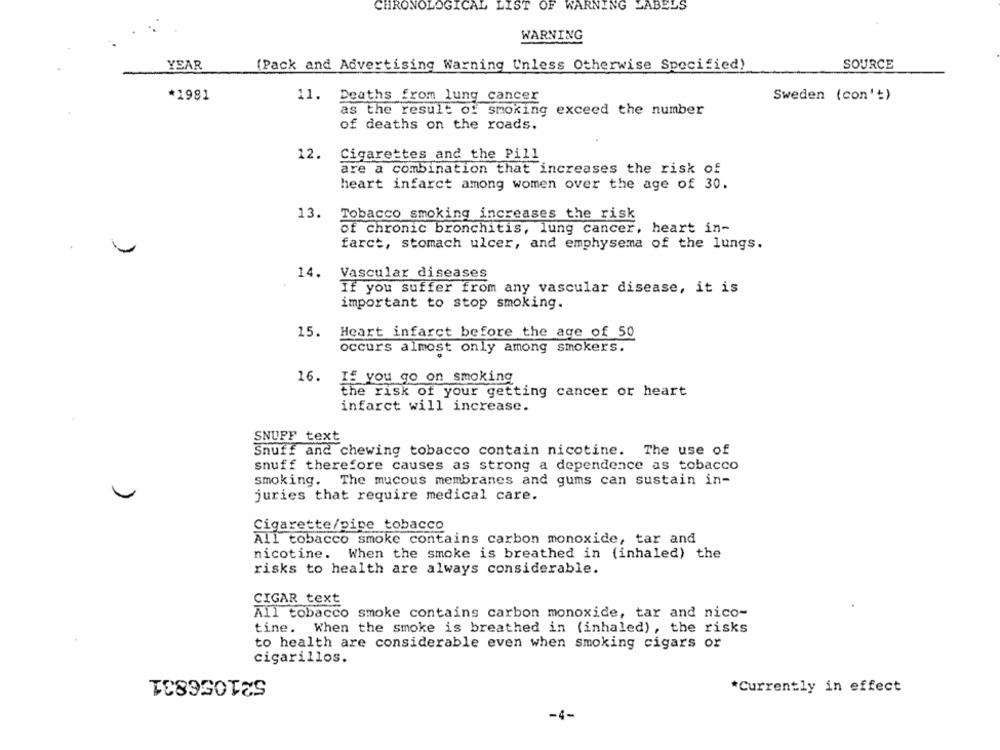
CHRONOLOGIC
OF
WARNING LABELS
WARNING
YEAR
(Pack and Advertising Warning Unless Otherwise Specified)
SOURCE
*1981
11.
Deaths from lung cancer
Sweden (con't)
as the result of smoking exceed the number
of deaths on the roads.
12.
Cigarettes and the Pill
are a combination that increases the risk of
heart infarct among women over the age of 30.
13.
Tobacco smoking increases the risk
of chronic bronchitis, lung cancer, heart in-
farct, stomach ulcer, and emphysema of the lungs.
14.
Vascular diseases
If you suffer from any vascular disease, it is
important to stop smoking.
15.
Heart infarct before the age of 50
occurs almost only among smokers.
16.
If you go on smoking
the risk of your getting cancer or heart
infarct will increase.
SNUFF text
Snuff and chewing tobacco contain nicotine. The use of
snuff therefore causes as strong a dependence as tobacco
smoking. The mucous membranes and gums can sustain in-
juries that require medical care.
Cigarette/pipe tobacco
All tobacco smoke contains carbon monoxide, tar and
nicotine. When the smoke is breathed in (inhaled) the
risks to health are always considerable.
CIGAR text
All tobacco smoke contains carbon monoxide, tar and nico-
tine. When the smoke is breathed in (inhaled) , the risks
to health are considerable even when smoking cigars or
cigarillos.
521056831
*Currently in effect
-4-